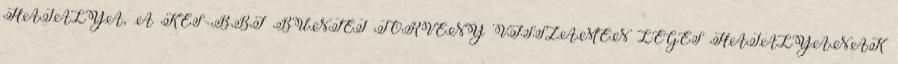
HATÁLYA, A KÉS BBI BÜNTET TÖRVÉNY VISSZAMEN LEGES HATÁLYÁNAK